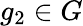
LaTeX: g_{2}\in G